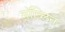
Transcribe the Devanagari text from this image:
ग़ॉब्लिन